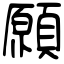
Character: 願